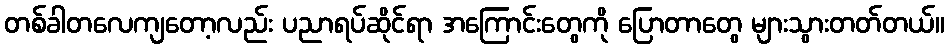
တစ်ခါတလေကျတော့လည်း ပညာရပ်ဆိုင်ရာ အကြောင်းတွေကို ပြောတာတွေ များသွားတတ်တယ်။